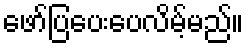
ဖော်ပြပေးပေလိမ့်မည်။